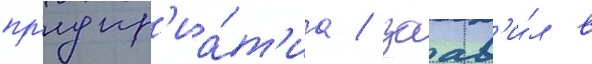
пр'едпр'иа́т'иа / заав'и́л в